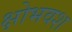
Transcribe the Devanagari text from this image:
क्षोभवश